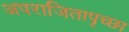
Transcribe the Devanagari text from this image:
अपराजितापृच्छा